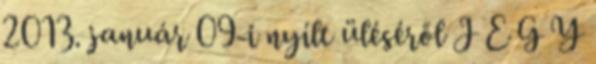
2013. január 09-i nyílt üléséről J E G Y